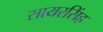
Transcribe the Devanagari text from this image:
सायरसिंह